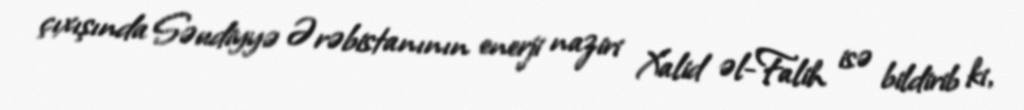
çıxışında Səudiyyə Ərəbistanının enerji naziri Xalid əl-Falih isə bildirib ki,